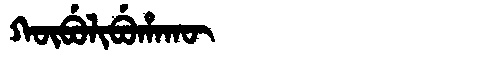
Manchu: ᡴᡡᠪᡠᠯᡳᠪᡠᡥᠠᡴᡡ
Romanization: KŪBULIBUHAKŪ